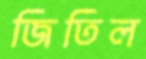
জিতিল